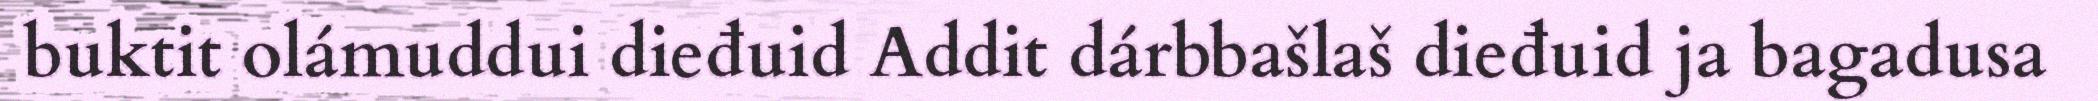
buktit olámuddui dieđuid Addit dárbbašlaš dieđuid ja bagadusa